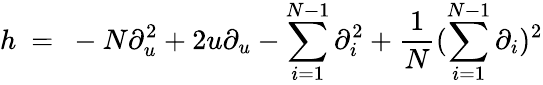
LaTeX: h\ =\ -N\partial_{u}^{2}+2u\partial_{u}-\sum_{i=1}^{N-1}\partial_{i}^{2}+\frac{1}{N}(\sum_{i=1}^{N-1}\partial_{i})^{2}